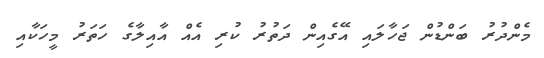
މެންދުރު ބަންޑުން ޖަހާލައި އޭގެއިން ދަތުރު ކުރި އެއް އާއިލާގެ ހަތަރު މީހަކާއި